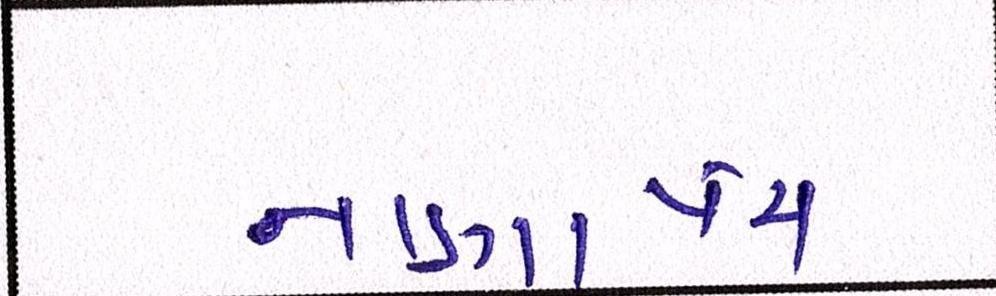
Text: નાણાંપંચ